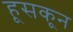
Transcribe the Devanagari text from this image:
हूसकून